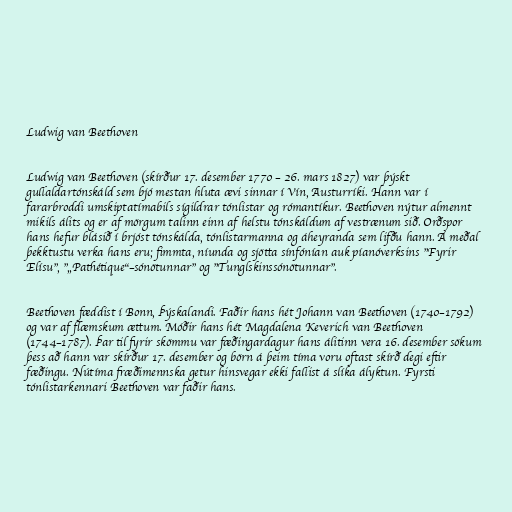
Ludwig van Beethoven

Ludwig van Beethoven (skírður 17. desember 1770 – 26. mars 1827) var þýskt
gullaldartónskáld sem bjó mestan hluta ævi sinnar í Vín, Austurríki. Hann var í
fararbroddi umskiptatímabils sígildrar tónlistar og rómantíkur. Beethoven nýtur almennt
mikils álits og er af mörgum talinn einn af helstu tónskáldum af vestrænum sið. Orðspor
hans hefur blásið í brjóst tónskálda, tónlistarmanna og áheyranda sem lifðu hann. Á meðal
þekktustu verka hans eru; fimmta, níunda og sjötta sínfónían auk píanóverksins "Fyrir
Elísu", "„Pathétique“–sónötunnar" og "Tunglskinssónötunnar".

Beethoven fæddist í Bonn, Þýskalandi. Faðir hans hét Johann van Beethoven (1740–1792)
og var af flæmskum ættum. Móðir hans hét Magdalena Keverich van Beethoven
(1744–1787). Þar til fyrir skömmu var fæðingardagur hans álitinn vera 16. desember sökum
þess að hann var skírður 17. desember og börn á þeim tíma voru oftast skírð degi eftir
fæðingu. Nútíma fræðimennska getur hinsvegar ekki fallist á slíka ályktun. Fyrsti
tónlistarkennari Beethoven var faðir hans.